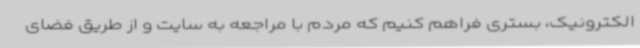
الکترونیک، بستری فراهم کنیم که مردم با مراجعه به سایت و از طریق فضای